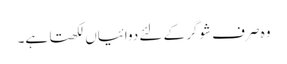
وہ صرف شوگر کے لئے دوائیاں لکھتا ہے۔